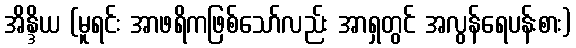
အိန္ဒိယ (မူရင်း အာဖရိကဖြစ်သော်လည်း အာရှတွင် အလွန်ရေပန်းစား)